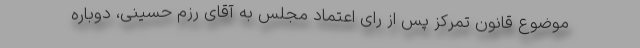
موضوع قانون تمرکز پس از رای اعتماد مجلس به آقای رزم حسینی، دوباره